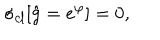
LaTeX: \sigma _ { c l } [ \hat { g } = e ^ { \varphi } ] = 0 ,